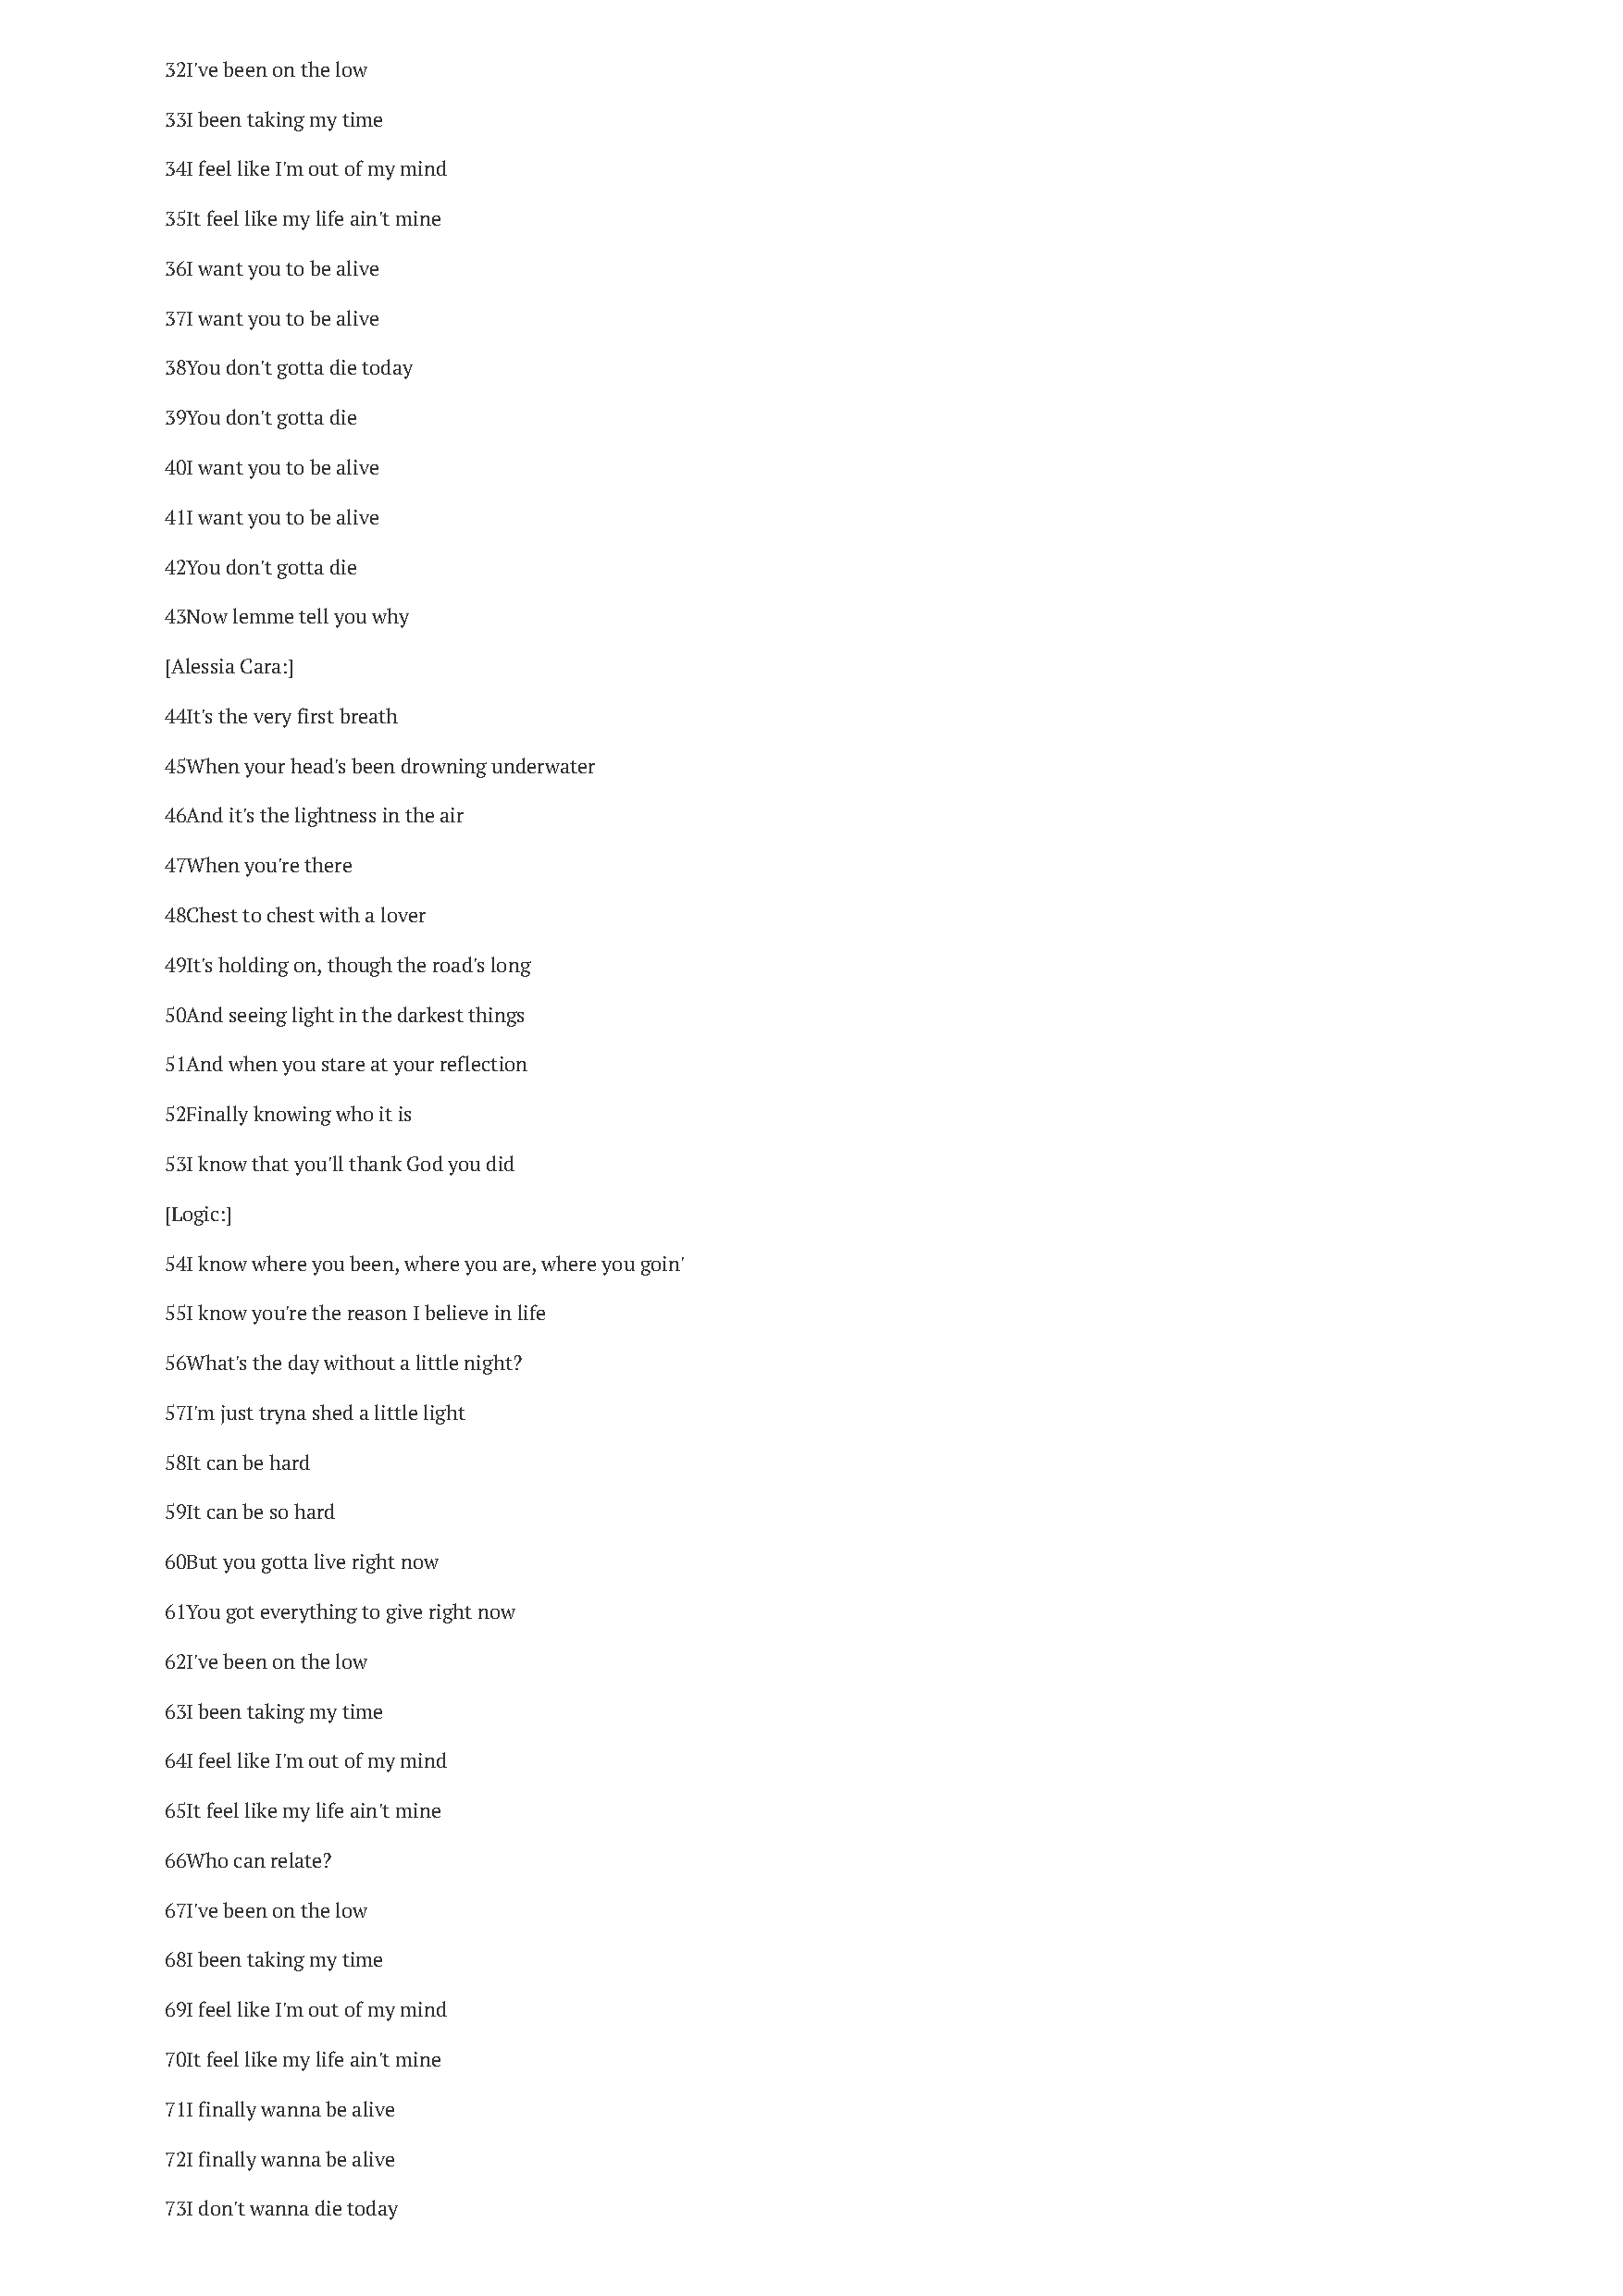
32I've been on the low
 33I been taking my time
 34I feel like I'm out of my mind
 35It feel like my life ain't mine
 36I want you to be alive
 37I want you to be alive
 38You don't gotta die today
 39You don't gotta die
 40I want you to be alive
 41I want you to be alive
 42You don't gotta die
 43Now lemme tell you why
 [Alessia Cara:]
 44It's the very first breath
 45When your head's been drowning underwater
 46And it's the lightness in the air
 47When you're there
 48Chest to chest with a lover
 49It's holding on, though the road's long
 50And seeing light in the darkest things
 51And when you stare at your reflection
 52Finally knowing who it is
 53I know that you'll thank God you did
 [Logic:]
 54I know where you been, where you are, where you goin'
 55I know you're the reason I believe in life
 56What's the day without a little night?
 57I'm just tryna shed a little light
 58It can be hard
 59It can be so hard
 60But you gotta live right now
 61You got everything to give right now
 62I've been on the low
 63I been taking my time
 64I feel like I'm out of my mind
 65It feel like my life ain't mine
 66Who can relate?
 67I've been on the low
 68I been taking my time
 69I feel like I'm out of my mind
 70It feel like my life ain't mine
 71I finally wanna be alive
 72I finally wanna be alive
 73I don't wanna die today